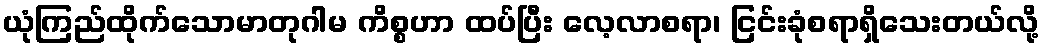
ယုံကြည်ထိုက်သောမာတုဂါမ ကိစ္စဟာ ထပ်ပြီး လေ့လာစရာ၊ ငြင်းခုံစရာရှိသေးတယ်လို့